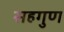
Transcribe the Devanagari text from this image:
सहगुण